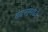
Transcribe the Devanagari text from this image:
बंदरांमध्ये